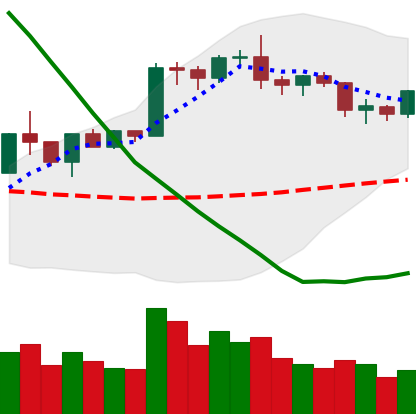
Ticker: BTC-USD
Chart end date: 2020-01-26
Forward return: 8.767%
Label: up_7plus